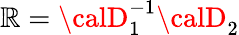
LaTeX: {\cal\mathbb{R}}={\calD}_{1}^{-1}{\calD}_{2}